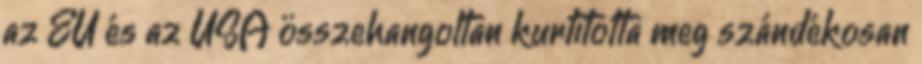
az EU és az USA összehangoltan kurtította meg szándékosan